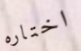
اختاره